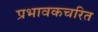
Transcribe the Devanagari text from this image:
प्रभावकचरित